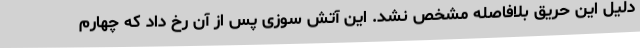
دلیل این حریق بلافاصله مشخص نشد. این آتش سوزی پس از آن رخ داد که چهارم